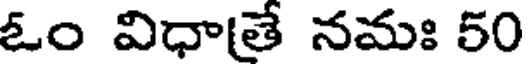
ఓం విధాతే నమః 50